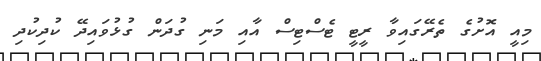
މިއީ އޮށުގެ ތެރޭގައިވާ ރީޓީ ޓެސްޓިސް އާއި މަނި ގުދަން ގުޅުވައިދޭ ކުދިކުދި